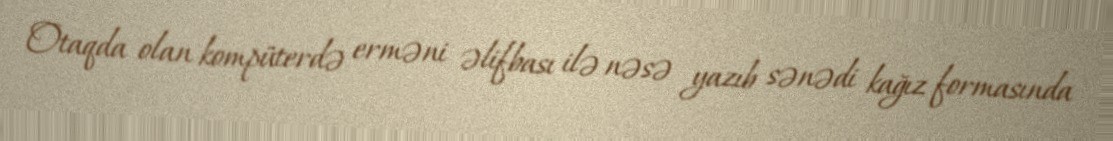
Otaqda olan kompüterdə erməni əlifbası ilə nəsə yazıb sənədi kağız formasında